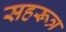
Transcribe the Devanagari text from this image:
सहरूत्र